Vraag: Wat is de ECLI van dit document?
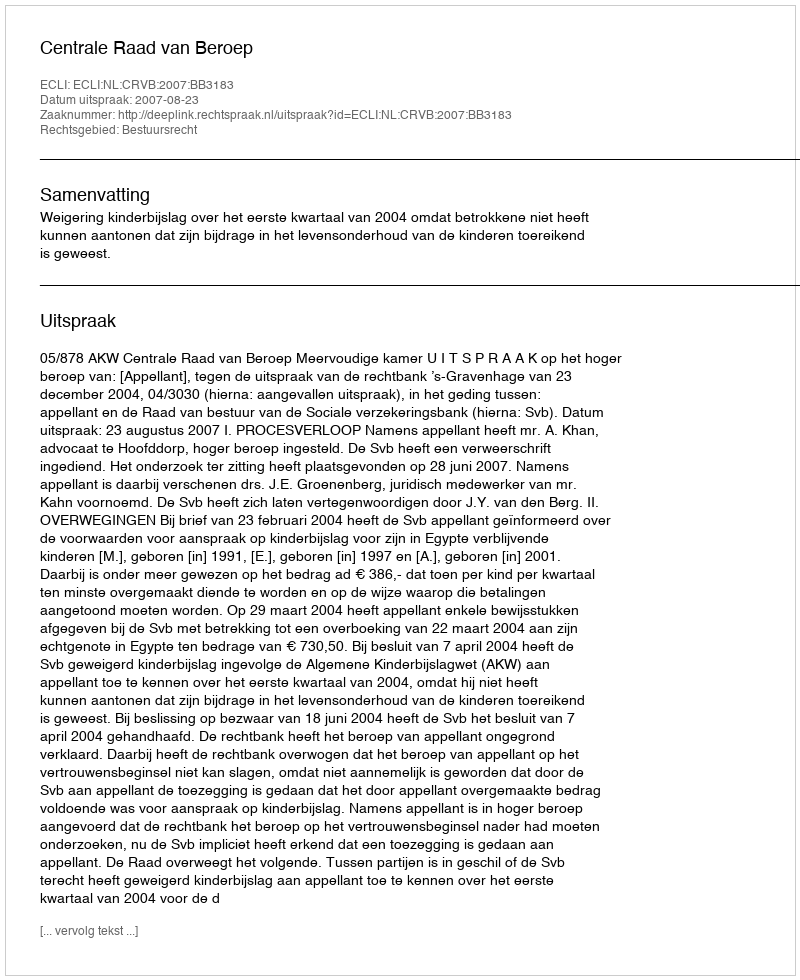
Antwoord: ECLI:NL:CRVB:2007:BB3183